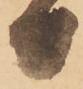
日